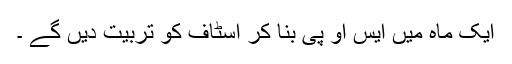
ایک ماہ میں ایس او پی بنا کر اسٹاف کو تربیت دیں گے ۔